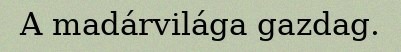
A madárvilága gazdag.